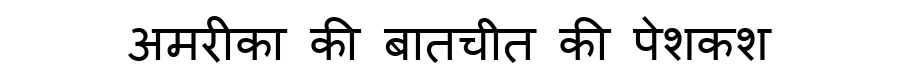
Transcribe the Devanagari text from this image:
अमरीका की बातचीत की पेशकश